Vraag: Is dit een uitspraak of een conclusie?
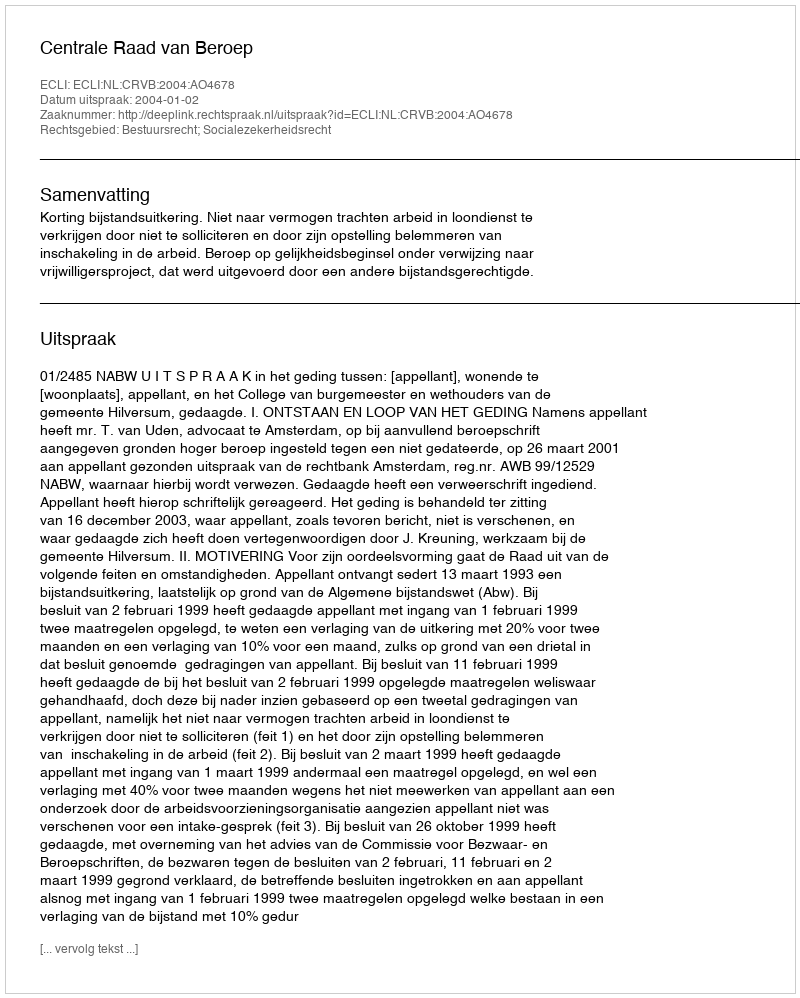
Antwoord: Uitspraak